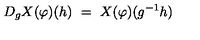
D _ { g } X ( \varphi ) ( h ) \ = \ X ( \varphi ) ( g ^ { - 1 } h )